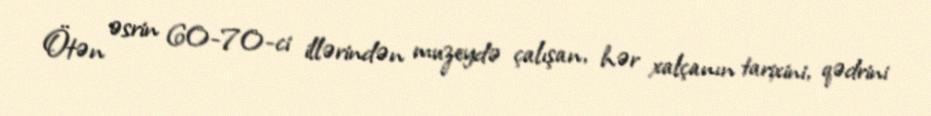
Ötən əsrin 60-70-ci illərindən muzeydə çalışan, hər xalçanın tarixini, qədrini